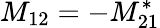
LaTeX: M_{12}=-M_{21}^{*}